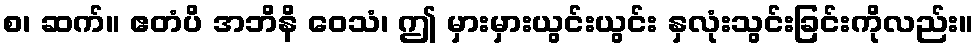
စ၊ ဆက်။ ဧတံပိ အဘိနိ ဝေသံ၊ ဤ မှားမှားယွင်းယွင်း နှလုံးသွင်းခြင်းကိုလည်း။